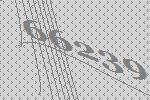
66239